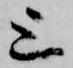
上